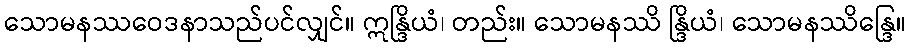
သောမနဿဝေဒနာသည်ပင်လျှင်။ ဣန္ဒြိယံ၊ တည်း။ သောမနဿိ န္ဒြိယံ၊ သောမနဿိန္ဒြေ။